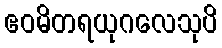
ဧဝမိတရယုဂလေသုပိ